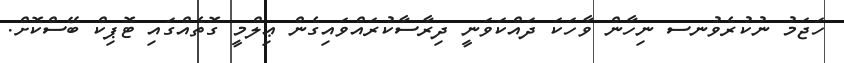
ހަޖަމު ނުކުރެވުނސ ނިހާން ވާހަކަ ދައްކަވަނީ ދިރާސާކުރައްވައިގެން ޢިލްމީ ގޮތެއްގައި ޓޮޕިކް ބޭސްކޮށް.